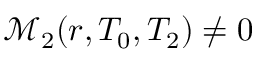
\mathscr { M } _ { 2 } ( r , T _ { 0 } , T _ { 2 } ) \neq 0